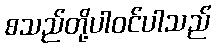
စသည်တို့ပါဝင်ပါသည်